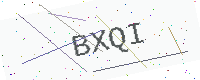
Text: BXQI